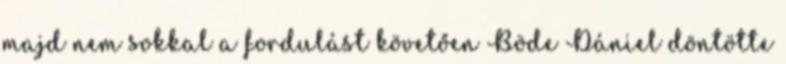
majd nem sokkal a fordulást követően Böde Dániel döntötte